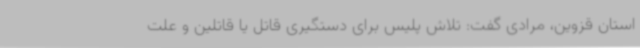
استان قزوین، مرادی گفت: تلاش پلیس برای دستگیری قاتل یا قاتلین و علت